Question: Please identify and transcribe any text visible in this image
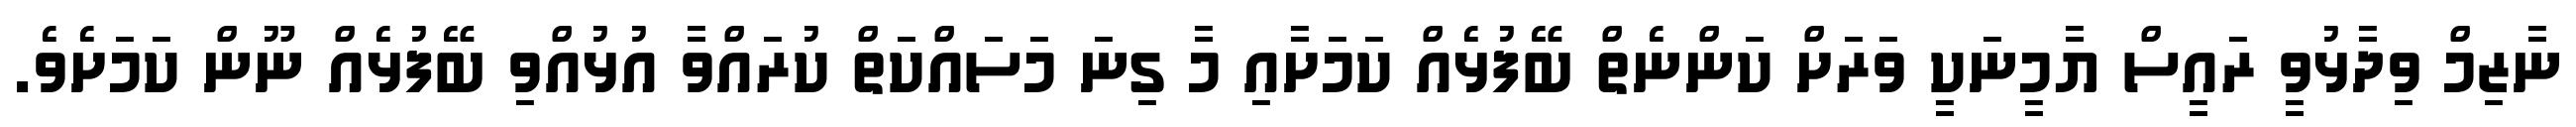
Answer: ނާޒިމް ވިދާޅުވީ ރައީސް ޔާމީނަކީ ވަރަށް ކަންނެތް ބޭފުޅެއް ކަމަށާއި މާ ގިނަ މަސައްކަތް ކުރައްވާ އުޅުއްވި ބޭފުޅެއް ނޫން ކަމަށެވެ.